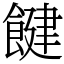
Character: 䭈